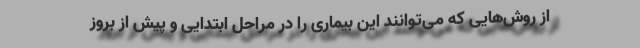
از روش‌هایی که می‌توانند این بیماری را در مراحل ابتدایی و پیش از بروز